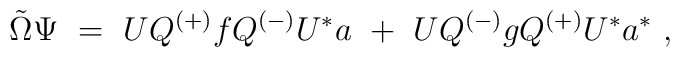
{\tilde \Omega} \Psi \ =\ UQ^{(+)} f Q^{(-)} U^* a\ +\ U Q^{(-)} g Q^{(+)} U^* a^* \ ,